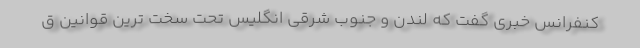
کنفرانس خبری گفت که لندن و جنوب شرقی انگلیس تحت سخت ترین قوانین ق